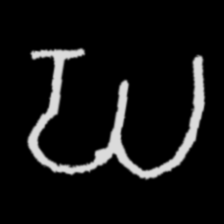
Pyu character \u2014 Myanmar letter: ဃ (romanized: gha)